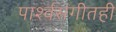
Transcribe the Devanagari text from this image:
पार्श्वसंगीतही